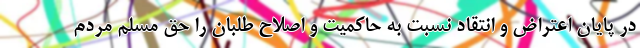
در پایان اعتراض و انتقاد نسبت به حاکمیت و اصلاح طلبان را حق مسلم مردم